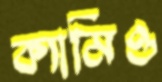
ক্যামিও